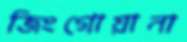
জিংগোয়ানা